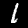
Digit: 1